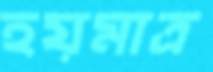
হয়মাত্র